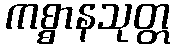
ကစ္စာနသုတ္တ